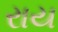
રાય